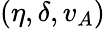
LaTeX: (\eta,\delta,v_{A})